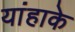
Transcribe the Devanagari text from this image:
यांहाके